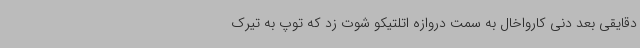
دقایقی بعد دنی کارواخال به سمت دروازه اتلتیکو شوت زد که توپ به تیرک